Vaccination in Bombay 1924-1928 - 1924-1928
Year: 1924
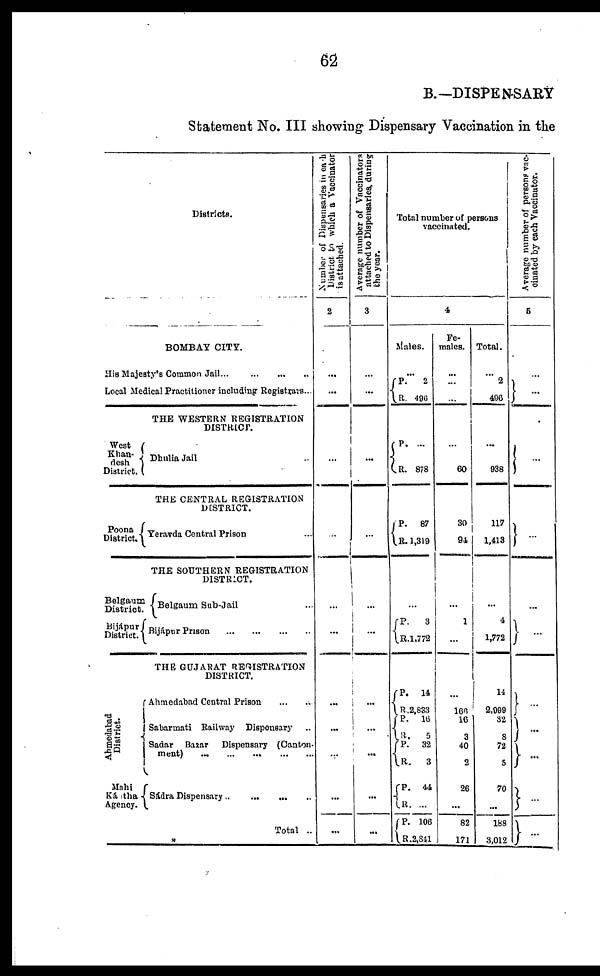
62
B.—DISPENSARY
Statement No. III showing Dispensary Vaccination in the
Districts.
BOMBAY CITY.
His Majesty's Common Jail ... ... ... ...
Local Medical Practitioner including Registrars...
THE WESTERN REGISTRATION
DISTRICT.
West
Khan-
desh
District.
Poona
District.
Belgaum
District.
Bijápur
District.
Ahmedabad
District.
Mahi
Kántha
Agency.
Dhulia Jail ...
THE CENTRAL REGISTRATION
DISTRICT.
Yeravda Central Prison ...
THE SOUTHERN REGISTRATION
DISTRICT.
Belgaum Sub-Jail ...
Bijápur Prison
...
...
...
...
THE GUJARAT REGISTRATION
DISTRICT.
Ahmedabad Central Prison ... ...
Sabarmati Railway Dispensary ...
Sadar Bazar Dispensary (Canton-
ment)
...
...
...
...
...
Sádra Dispensary ... ... ... ...
Total ..
Number of Dispensaries in each
District to which a Vaccinator
is attached.
2
...
...
...
...
...
...
...
...
...
...
...
Average number of Vaccinators
attached to Dispensaries. during
the year.
3
...
...
...
...
...
...
...
...
...
...
...
Total number of persons
vaccinated.
4
Males.
...
P.
R.
2
496
P.
R.
P. R.
...
878
87
1,319
...
P. R.
3
1,772
P.
R.
P.
R.
P. R.
P.
R.
P.
R.
14
2,833
16
5
32
3
44
...
106
2,841
Fe-
males.
...
...
...
...
60
30
94
...
1
...
...
166
16
3
40
2
26
...
82
171
Total.
...
2
496
...
938
117
1,413
...
4
1,772
14
2,999
32
8
72
5
70
...
188
3,012
Average number of persons vac-
cinated by each Vaccinator.
5
...
...
...
...
...
...
...
...
...
...
...